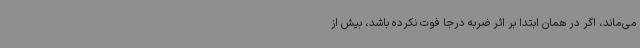
می‌ماند، اگر در همان ابتدا بر اثر ضربه درجا فوت نکرده باشد، بیش از